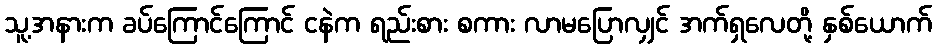
သူ့အနားက ခပ်ကြောင်ကြောင် ငနဲက ရည်းစား စကား လာမပြောလျှင် အက်ရှလေတို့ နှစ်ယောက်